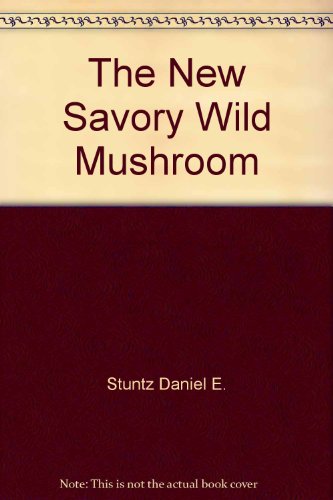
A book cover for The new savory wild mushroom; Margaret McKenny; Medical Books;